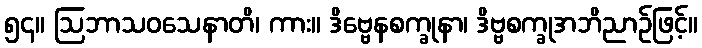
၅၄။ ဩဘာသဝသေနာတိ၊ ကား။ ဒိဗ္ဗေနစက္ခုနာ၊ ဒိဗ္ဗစက္ခုအဘိညာဉ်ဖြင့်။